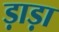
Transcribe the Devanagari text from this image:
ड़ाड़ा